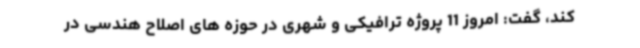
کند، گفت: امروز 11 پروژه ترافیکی و شهری در حوزه های اصلاح هندسی در